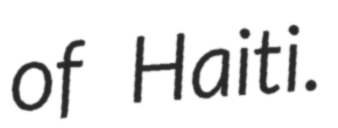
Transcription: of Haiti.